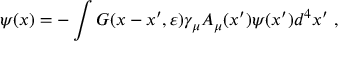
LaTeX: \psi ( x ) = - \int G ( x - x ^ { \prime } , \varepsilon ) \gamma _ { \mu } A _ { \mu } ( x ^ { \prime } ) \psi ( x ^ { \prime } ) d ^ { 4 } x ^ { \prime } ~ ,